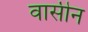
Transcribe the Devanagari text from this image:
वासीन